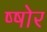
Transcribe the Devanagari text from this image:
ष्षोर